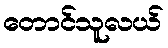
တောင်သူလယ်